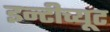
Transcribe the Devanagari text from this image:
इन्टीच्यूट